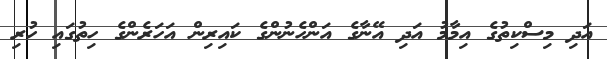
އަދި މިސްކިތުގެ އިމާމު އަދި އޭނާގެ އަންހެނުންގެ ކައިރިން އަހަރެންގެ ހިތުގައި ހުރި